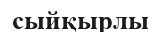
сыйқырлы